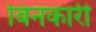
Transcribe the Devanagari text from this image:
बिनकारी